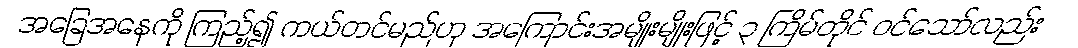
အခြေအနေကို ကြည့်၍ ကယ်တင်မည်ဟု အကြောင်းအမျိုးမျိုးဖြင့် ၃ ကြိမ်တိုင် ဝင်သော်လည်း